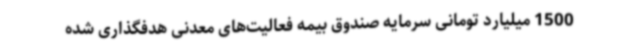
1500 میلیارد تومانی سرمایه صندوق بیمه فعالیت‌های معدنی هدفگذاری شده